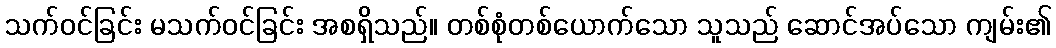
သက်ဝင်ခြင်း မသက်ဝင်ခြင်း အစရှိသည်။ တစ်စုံတစ်ယောက်သော သူသည် ဆောင်အပ်သော ကျမ်း၏